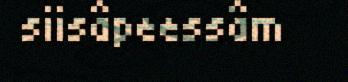
siisâpeessâm